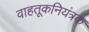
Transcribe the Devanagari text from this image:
वाहतूकनियंत्रक